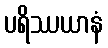
ပရိဿယာနံ